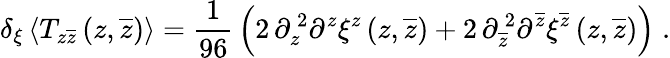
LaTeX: \delta_{\xi}\left<T_{z\overline{{z}}}\left(z,\overline{{z}}\right)\right>={\frac{1}{96}}\left(2\, \partial_{z}^{\, 2}\partial^{z}\xi^{z}\left(z,\overline{{z}}\right)+2\, \partial_{\overline{{z}}}^{\, 2}\partial^{\overline{{z}}}\xi^{\overline{{z}}}\left(z,\overline{{z}}\right)\right)\; .